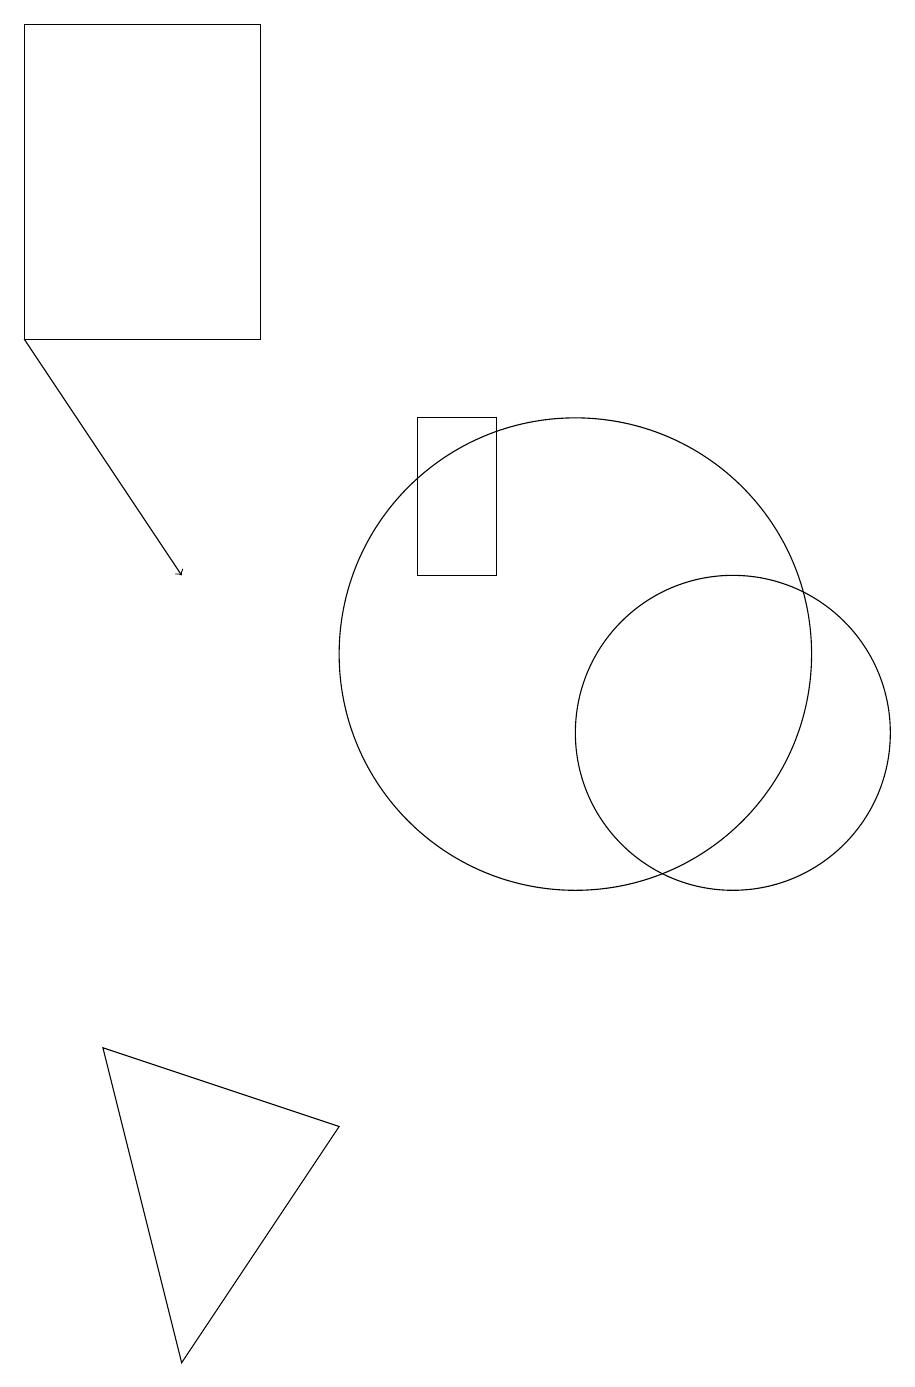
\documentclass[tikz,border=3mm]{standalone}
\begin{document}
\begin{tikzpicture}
\draw[->] (3,15) -- (5,12);
\draw (7,5) -- (4,6) -- (5,2) -- cycle;
\draw (10,11) circle (3);
\draw (9,12) rectangle (8,14);
\draw (3,19) rectangle (6,15);
\draw (12,10) circle (2);
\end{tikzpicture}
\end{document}